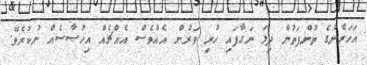
އަހަރެންގެ ތުންފަތުން ދިލަ ނަގާފައި ހުރި ވަރުން އެއްވެސް އެއްޗެއް އިހުސާސެއް ނުކުރެވޭ.